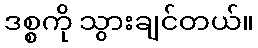
ဒစ္စကို သွားချင်တယ်။